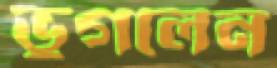
ভুগলেন